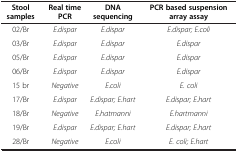
<table><thead><tr><td><b>Stool samples</b></td><td><b>Real time PCR</b></td><td><b>DNA sequencing</b></td><td><b>PCR based suspension array assay</b></td></tr></thead><tbody><tr><td>02/Br</td><td><i>E.dispar</i></td><td><i>E.dispar</i></td><td><i>E.dispar; E.coli</i></td></tr><tr><td>03/Br</td><td><i>E.dispar</i></td><td><i>E.dispar</i></td><td><i>E.dispar</i></td></tr><tr><td>05/Br</td><td><i>E.dispar</i></td><td><i>E.dispar</i></td><td><i>E.dispar</i></td></tr><tr><td>06/Br</td><td><i>E.dispar</i></td><td><i>E.dispar</i></td><td><i>E.dispar</i></td></tr><tr><td>15 br</td><td><i>Negative</i></td><td><i>E.coli</i></td><td><i>E. coli</i></td></tr><tr><td>17/Br</td><td><i>E.dispar</i></td><td><i>E.dispar; E.hart</i></td><td><i>E.dispar; E.hart</i></td></tr><tr><td>18/Br</td><td><i>Negative</i></td><td><i>E.hatmanni</i></td><td><i>E.hartmanni</i></td></tr><tr><td>19/Br</td><td><i>E.dispar</i></td><td><i>E.dispar; E.hart</i></td><td><i>E.dispar; E.hart</i></td></tr><tr><td>28/Br</td><td><i>Negative</i></td><td><i>E.coli</i></td><td><i>E. coli; E.hart</i></td></tr></tbody></table>